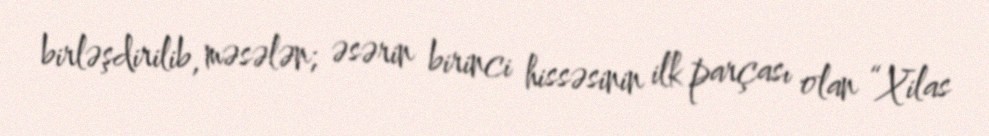
birləşdirilib, məsələn; əsərin birinci hissəsinin ilk parçası olan “Xilas